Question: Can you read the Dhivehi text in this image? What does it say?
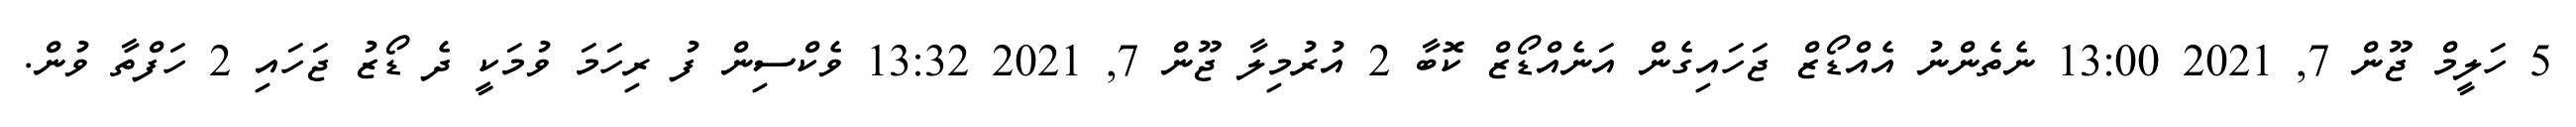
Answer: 5 ހަލީމް ޖޫން 7, 2021 13:00 ނެތެންނު އެއްޑޯޒް ޖަހައިގެން އަނެއްޑޯޒް ކޮބާ 2 އުރުމިލާ ޖޫން 7, 2021 13:32 ވެކްސިން ފު ރިހަމަ ވުމަކީ ދެ ޑޯޒު ޖަހައި 2 ހަފްތާ ވުން.